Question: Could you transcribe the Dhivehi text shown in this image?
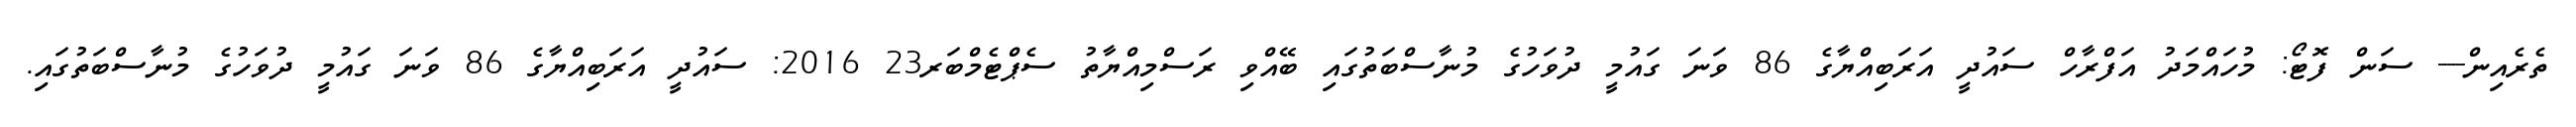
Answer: ތެރެއިން--- ސަން ފޮޓޯ: މުހައްމަދު އަފްރާހް ސައުދީ އަރަބިއްޔާގެ 86 ވަނަ ގައުމީ ދުވަހުގެ މުނާސްބަތުގައި ބޭއްވި ރަސްމިއްޔާތު ސެޕްޓެމްބަރ23 2016: ސައުދީ އަރަބިއްޔާގެ 86 ވަނަ ގައުމީ ދުވަހުގެ މުނާސްބަތުގައި.